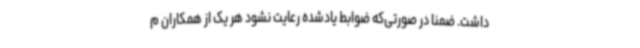
داشت. ضمنا در صورتی‌که ضوابط یادشده رعایت نشود هر یک از همکاران م